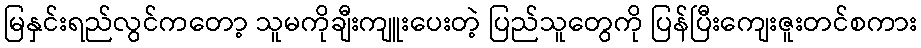
မြနှင်းရည်လွင်ကတော့ သူမကိုချီးကျူးပေးတဲ့ ပြည်သူတွေကို ပြန်ပြီးကျေးဇူးတင်စကား